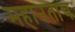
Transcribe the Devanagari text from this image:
महानताच